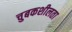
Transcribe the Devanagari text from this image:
चुबकशीलता